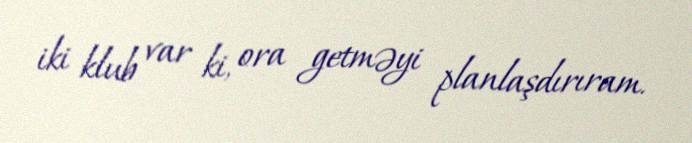
iki klub var ki, ora getməyi planlaşdırıram.